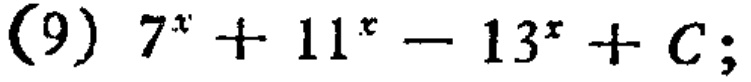
\((9)\ 7^{x}+11^{x}-13^{x}+C;\)